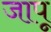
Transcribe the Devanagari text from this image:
जापू